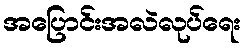
အပြောင်းအလဲလုပ်ရေး